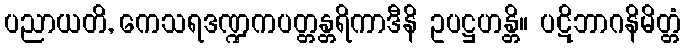
ပညာယတိ, ကေသရဒဏ္ဍကပတ္တန္တရိကာဒီနိ ဥပဋ္ဌဟန္တိ။ ပဋိဘာဂနိမိတ္တံ